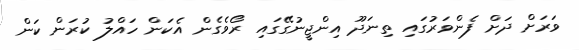
ވަރަށް ދަށް ފެންވަރުގައި ތިނަދޫ އިންޖީނުގޭގައި ރޯވެގެން އެކަން ހައްލު ކުރަން ކަން